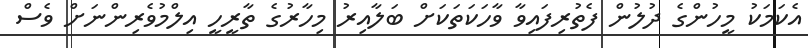
އެކަމަކު މީހުންގެ ދުލުން ފެތުރިފައިވާ ވާހަކަތަކަށް ބަލާއިރު މިހާރުގެ ތާރީހީ އިލްމުވެރިންނަށް ވެސް